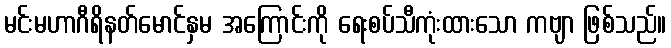
မင်းမဟာဂီရိနတ်မောင်နှမ အကြောင်းကို ရေးစပ်သီကုံးထားသော ကဗျာ ဖြစ်သည်။